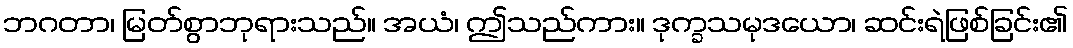
ဘဂတာ၊ မြတ်စွာဘုရားသည်။ အယံ၊ ဤသည်ကား။ ဒုက္ခသမုဒယော၊ ဆင်းရဲဖြစ်ခြင်း၏